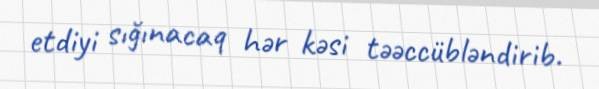
etdiyi sığınacaq hər kəsi təəccübləndirib.